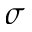
\sigma